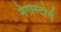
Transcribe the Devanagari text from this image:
मेगास्टोर्स